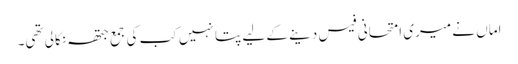
اماں نے میری امتحانی فیس دینے کے لیے پتا نہیں کب کی جمع جتھہ نکالی تھی۔